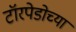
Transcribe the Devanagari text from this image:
टॉरपेडोच्या